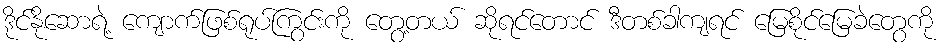
ဒိုင်နိုဆောရဲ့ ကျောက်ဖြစ်ရုပ်ကြွင်းကို တွေ့တယ် ဆိုရင်တောင် ဒီတစ်ခါကျရင် မြေစိုင်မြေခဲတွေကို